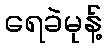
ရေခဲမုန့်